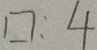
\square : 4